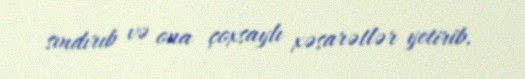
sındırıb və ona çoxsaylı xəsarətlər yetirib.